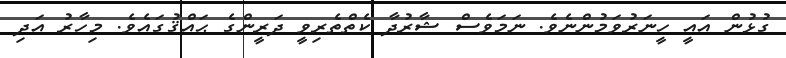
ގުޅުން އައީ ހީނަރުވަމުންނެވެ. ނަމަވެސް ޝާރުދާ ކެތްތެރިވީ ދަރީންގެ ޙައްޤުގައެވެ. މިހާރު އަދި